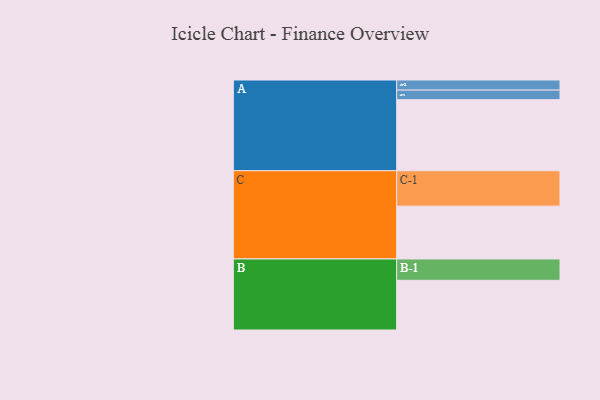
{"axis": {"x": "Segment", "y": "Value"}, "legend": ["", "A", "B", "C"], "data": [{"x": "A", "y": 562, "type": ""}, {"x": "B", "y": 393, "type": ""}, {"x": "C", "y": 418, "type": ""}, {"x": "A-1", "y": 76, "type": "A"}, {"x": "A-2", "y": 80, "type": "A"}, {"x": "B-1", "y": 169, "type": "B"}, {"x": "C-1", "y": 280, "type": "C"}]}